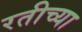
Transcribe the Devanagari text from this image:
रतीच्या